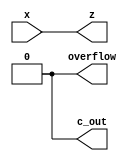
`timescale 1ns / 1ps
//////////////////////////////////////////////////////////////////////////////////
// Company: 
// Engineer: 
// 
// Design Name: 
// Module Name: Copy
// Project Name: 
// Target Devices: 
// Tool Versions: 
// Description: 
// 
// Dependencies: 
// 
// Revision:
// Revision 0.01 - File Created
// Additional Comments:
// 
//////////////////////////////////////////////////////////////////////////////////


module Copy(
// This module is quite redundant, but it makes the schematic look better I guess

input wire[5:0] x, // Our main input
output wire[5:0] z, // Our main output
output wire overflow,// Overflow flag
output wire c_out // Carry flag

    );
    
    // Quite literally just copy x to z
    assign z[0] = x[0];
     assign z[1] = x[1];
      assign z[2] = x[2];
       assign z[3] = x[3];
        assign z[4] = x[4];
         assign z[5] = x[5];
         // I like the diagnoal pattern
         
         // These flags aren't relevant
         assign c_out = 0;
         assign overflow = 0;
endmodule